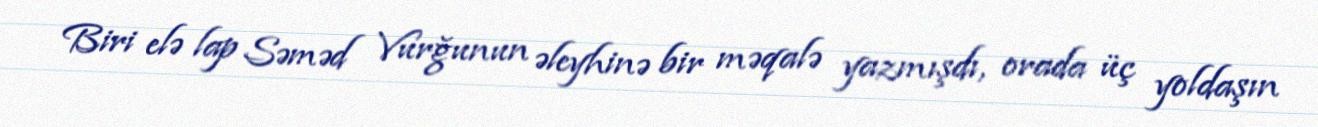
Biri elə lap Səməd Vurğunun əleyhinə bir məqalə yazmışdı, orada üç yoldaşın